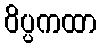
ဝိပ္ပကထာ